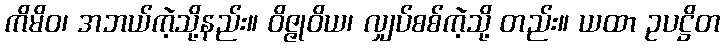
ကိမိဝ၊ အဘယ်ကဲ့သို့နည်း။ ဝိဇ္ဇုဝိယ၊ လျှပ်စစ်ကဲ့သို့ တည်း။ ယထာ ဥပဋ္ဌိတ